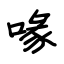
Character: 喙